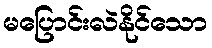
မပြောင်းလဲနိုင်သော